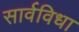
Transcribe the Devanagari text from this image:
सार्वविधा